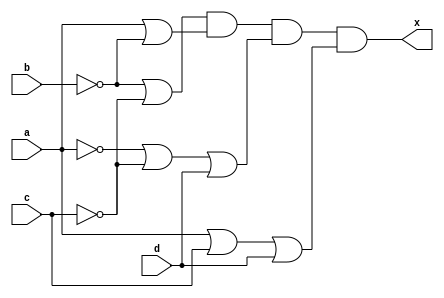
/*
X=SUM(m0,m1,m5,m8,m9,m10,m11,m15)
X=SUM(A'B'C'D'+ A'B'C'D + A'BC'D + AB'C'D' + AB'C'D + AB'CD'+ AB'CD + ABCD ) 
X=B'C'+AB'+A'C'D+ACD
*/

module lab3_expression(x,a,b,c,d);

input a,b,c,d;
output x;

wire not_a, not_b,not_c,not_d;
wire exp0, exp1, exp2,exp3;

not (not_a, a);
not (not_b, b);
not (not_c, c);
not (not_d, d);

or (exp0, not_b,not_c);
or (exp1, a,not_b);
or (exp2, not_a,not_c,d);
or (exp3, a, c,d);


and (x, exp0, exp1, exp2,exp3);

endmodule